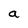
Character: a